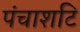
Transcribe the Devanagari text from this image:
पंचाशटि